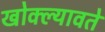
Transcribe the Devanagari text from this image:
खोक्ल्यावते